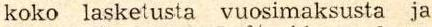
koko lasketusta vuosimaksusta ja